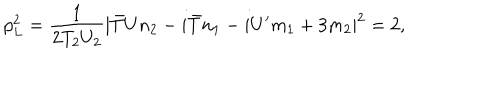
p _ { L } ^ { 2 } = \frac { 1 } { 2 T _ { 2 } U _ { 2 } } | { \bar { T } } U n _ { 2 } - i { \bar { T } } n _ { 1 } - i U ^ { \prime } m _ { 1 } + 3 m _ { 2 } | ^ { 2 } = 2 ,